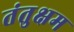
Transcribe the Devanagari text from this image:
तंतुक्षम